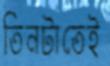
তিনটাতেই